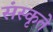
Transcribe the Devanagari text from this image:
संस्कृते